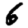
Digit: 6